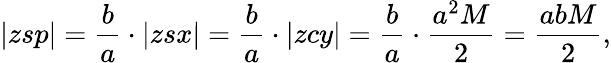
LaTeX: |zsp|={\frac{b}{a}}\cdot|zsx|={\frac{b}{a}}\cdot|zcy|={\frac{b}{a}}\cdot{\frac{a^{2}M}{2}}={\frac{abM}{2}},